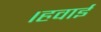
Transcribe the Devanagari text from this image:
।हवाई